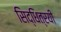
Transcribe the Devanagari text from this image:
सिद्धित्रयी